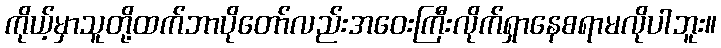
ကိုယ့်မှာသူတို့ထက်ဘာပိုတော်လည်းအဝေးကြီးလိုက်ရှာနေစရာမလိုပါဘူး။